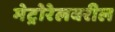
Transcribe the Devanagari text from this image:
मेट्रोरेलवरील